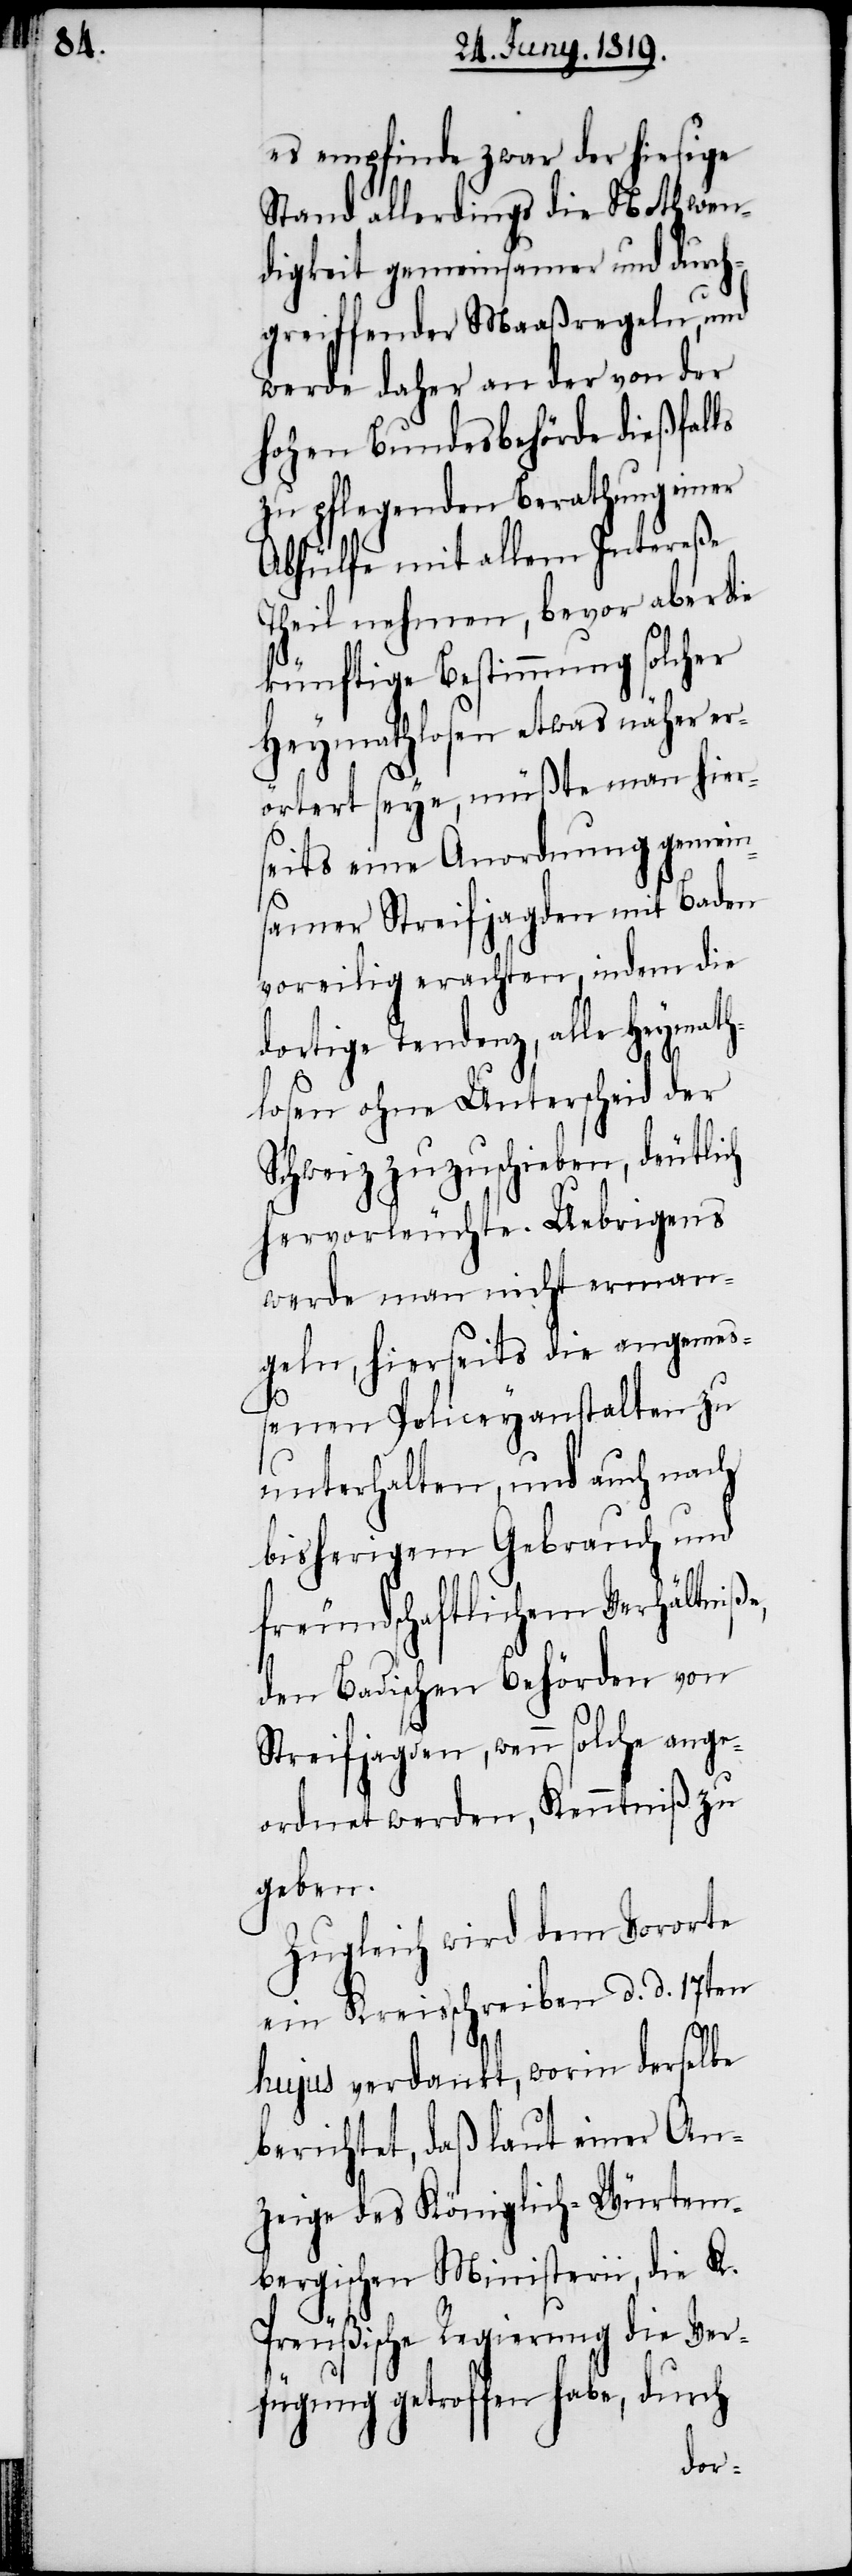
es empfinde zwar der hiesige
Stand allerdings die Nothwen¬
digkeit gemeinsamer und durch¬
greiffender Maaßregeln, und
werde daher an der von der
hohen Bundesbehörde dießfalls
zu pflegenden Berathung einer
Abhülfe mit allem Intereße
Theil nehmen, bevor aber die
künftige Bestimmung solcher
Heymathlosen etwas näher er¬
örtert seye, müßte man hie¬
seits eine Anordnung gemein¬
samer Streifjagden mit Baden
voreilig erachten, indem die
dortige Tendenz, alle Heymat¬
hlosen ohne Unterscheid der
Schweiz zuzuschieben, deutlich
hervorleuchte. Uebrigens
werde man nicht erman¬
geln, hierseits die angemes¬
senen Policeyanstalten zu
unterhalten, und auch nach
bisherigem Gebrauch und
freundschaftlichem Verhältniße,
den Badischen Behörden von
Streifjagden, wenn solche ange¬
ordnet werden, Kenntniß zu
geben.
Zugleich wird dem Vororte
ein Kreisschreiben d. d. 17ten
hujus verdankt, worin derselbe
berichtet, daß laut einer An¬
zeige des Königlich-Würtem¬
bergischen Ministerii, die K.
Preußische Regierung die Ver¬
fügung getroffen habe, durch